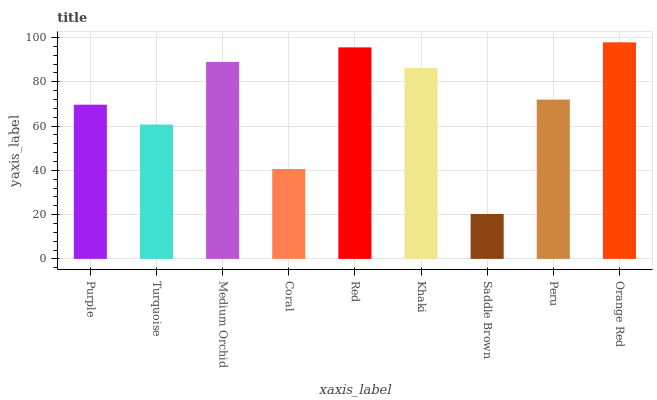
| xaxis_label | bars |
 | --- | --- |
 | Purple | 69.6 |
 | Turquoise | 60.7 |
 | Medium Orchid | 89 |
 | Coral | 40.6 |
 | Red | 95.5 |
 | Khaki | 86.3 |
 | Saddle Brown | 20.3 |
 | Peru | 72 |
 | Orange Red | 97.8 |